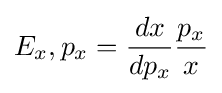
E_{x},p_{x}={\frac {dx}{dp_{x}}}{\frac {p_{x}}{x}}